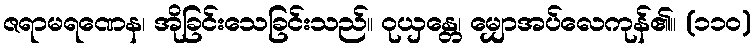
ဇရာမရဏေန၊ အိုခြင်းသေခြင်းသည်။ ဝုယှန္တေ၊ မျှောအပ်လေကုန်၏။ (၁၁၀)